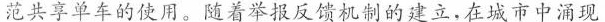
范共享单车的使用。随着举报反馈机制的建立.在城市中涌现